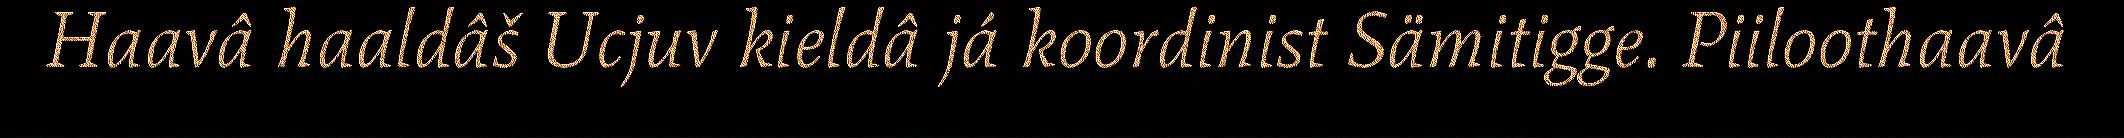
Haavâ haaldâš Ucjuv kieldâ já koordinist Sämitigge. Piiloothaavâ